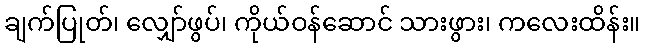
ချက်ပြုတ်၊ လျှော်ဖွပ်၊ ကိုယ်ဝန်ဆောင် သားဖွား၊ ကလေးထိန်း။